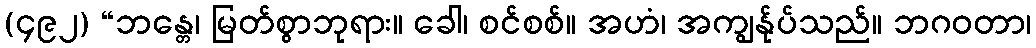
(၄၉၂) “ဘန္တေ၊ မြတ်စွာဘုရား။ ခေါ၊ စင်စစ်။ အဟံ၊ အကျွန်ုပ်သည်။ ဘဂဝတာ၊